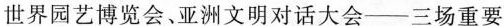
世界园艺博览会、亚洲文明对话大会—三场重要